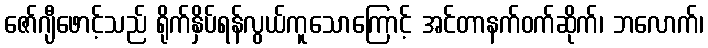
ဇော်ဂျီဖောင့်သည် ရိုက်နှိပ်ရန်လွယ်ကူသောကြောင့် အင်တာနက်ဝက်ဆိုက်၊ ဘလောက်၊